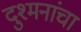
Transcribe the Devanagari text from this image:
दुश्मनांचा